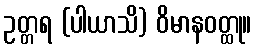
ဥတ္တရ (ပါယာသိ) ဝိမာနဝတ္ထု။